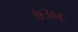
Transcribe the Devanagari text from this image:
७३०६